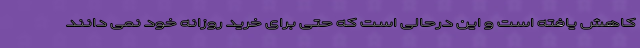
کاهش یافته است و این درحالی است که حتی برای خرید روزانه خود نمی دانند